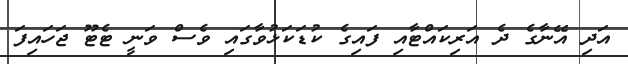
އަދި އޭނާގެ ދެ އަރިކައްޓާއި ފައިގެ ކުޑަކަޅުވާގައި ވެސް ވަނީ ޓެޓޫ ޖަހައިފަ